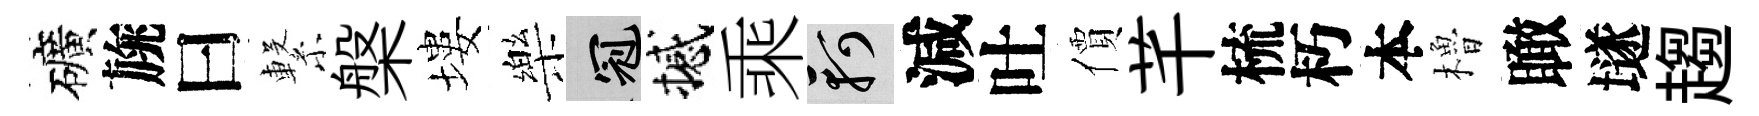
礦旐曰繋槃塿樂冠撼乘軻減吐價芊梳朽本櫓瞰𡑞趨